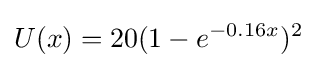
U(x)=20(1-e^{-0.16x})^{2}